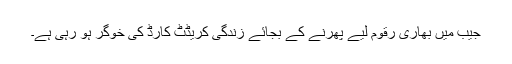
جیب میں بھاری رقوم لیے پھرنے کے بجائے زندگی کریڈٹ کارڈ کی خوگر ہو رہی ہے۔